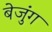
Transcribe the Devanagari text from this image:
बेजुंग